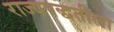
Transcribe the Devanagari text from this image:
राज्यपद्धतीला